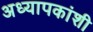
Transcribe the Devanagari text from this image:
अध्यापकांशी